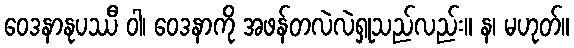
ဝေဒနာနုပဿီ ဝါ၊ ဝေဒနာကို အဖန်တလဲလဲရှုသည်လည်း။ န၊ မဟုတ်။